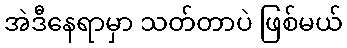
အဲဒီနေရာမှာ သတ်တာပဲ ဖြစ်မယ်